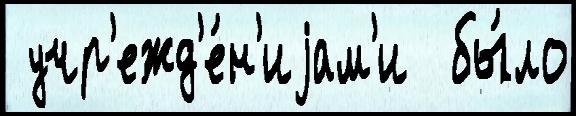
 учр'ежд'е́н'иjам'и  бы́ло